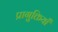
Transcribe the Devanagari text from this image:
प्रागुक्तियाँ